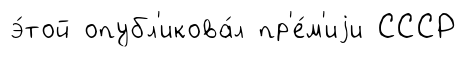
э́той опубл'икова́л пр'е́м'иjи СССР